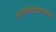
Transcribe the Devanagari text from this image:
हरिसिद्धिप्रदतीर्थ